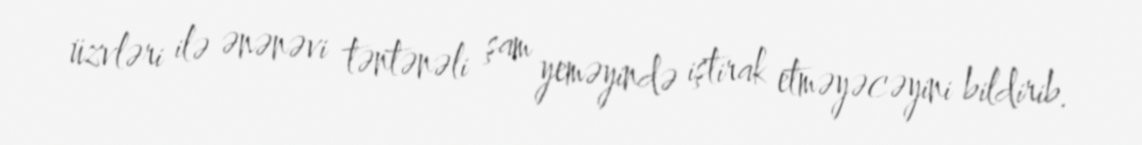
üzvləri ilə ənənəvi təntənəli şam yeməyində iştirak etməyəcəyini bildirib.